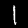
Digit: 1